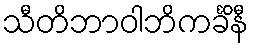
သီတိဘာဝါဘိကင်္ခိနီ